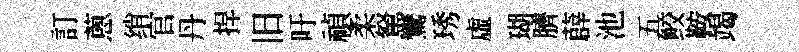
訂蔥绡官丹捍旧吁禎柔駑鸞琇虛瑚臍薜池五鲛鞍竭